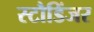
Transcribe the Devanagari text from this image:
स्टौडिंजर